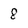
Character: 8